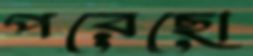
পরেছো